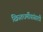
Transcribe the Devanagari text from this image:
ख्रिस्तधर्मीयांसाठी